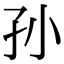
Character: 孙